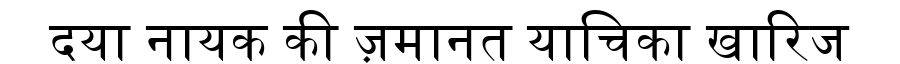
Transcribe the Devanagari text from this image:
दया नायक की ज़मानत याचिका खारिज